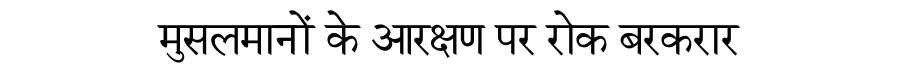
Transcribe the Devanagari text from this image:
मुसलमानों के आरक्षण पर रोक बरकरार